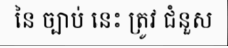
នៃ ច្បាប់ នេះ ត្រូវ ជំនួស